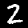
Digit: 2